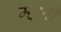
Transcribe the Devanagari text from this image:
म्हणीं